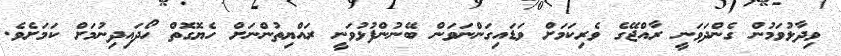
ވިދާޅުވަމުން ގެންދަވަނީ ރާއްޖޭގެ ވެރިކަމަށް ވަޑައިގަންނަވަން ބޭނުންފުޅުވަނީ ރައްޔިތުންނަށް ހެޔޮގޮތް ހޯދައިދިނުމަށް ކަމަށެވެ.